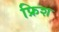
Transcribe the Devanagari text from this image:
फ्रिश